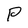
Character: P